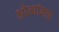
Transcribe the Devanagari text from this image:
श्रोत्यांनाच